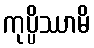
ကုပ္ပိဿာမိ